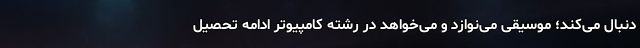
دنبال می‌کند؛ موسیقی می‌نوازد و می‌خواهد در رشته کامپیوتر ادامه تحصیل